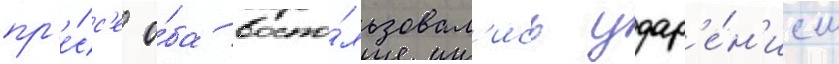
пр'е́сс'е о́ба воспо́льзовал'ись удар'е́н'ием